Annual report of the Punjab Veterinary College and of the Civil Veterinary Department, Punjab - 1909-1919
Year: 1909
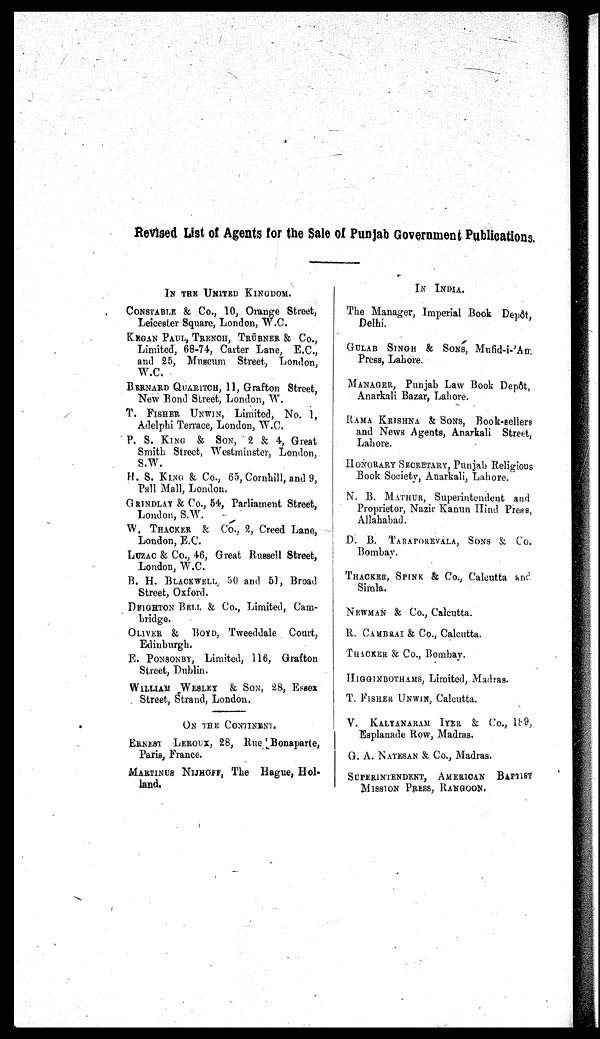
Revised List of Agents for the Sale of Punjab Government Publications.
IN THE UNITED KINGDOM.
CONSTABLE & CO., 10, Orange Street,
Leicester Square, London, W.C.
KEGAN PAUL, TRENCH, TRÜBNER & Co.,
Limited, 68-74, Carter Lane, E.C.,
and 25, Museum Street, London,
W.C.
BERNARD QUZRITCH, 11, Grafton Street,
New Bond Street, London, W.
T. FISHER UNWIN, Limited, No. 1,
Adelphi Terrace, London, W.C.
P. S. KING & SON, 2 & 4, Great
Smith Street, Westminster, London,
S.W.
H. S. KING & Co., 65, Cornhill, and 9,
Pall Mall, London.
GRINDLAY & Co., 54, Parliament Street,
London, S.W.
W. THACKER & Co., 2, Creed Lane,
London, E.C.
LUZAC & Co., 46, Great Russell Street,
London, W.C.
B. H. BLACKWELL, 50 and 51, Broad
Street, Oxford.
DEIGHTON BELL & Co., Limited, Cam-
bridge.
OLIVER & BOYD, Tweeddale Court,
Edinburgh.
E. PONSONBY, Limited, 116, Grafton
Street, Dublin.
WILLIAM WESLEY & SON, 28, Essex
Street, Strand, London.
ON THE CONTINENT.
ERNEST LEROUX, 28, Rue Bonaparte,
Paris, France.
MARTINUS NIJHOFF, The Hague, Hol-
land.
IN INDIA.
The Manager, Imperial Book Depot,
Delhi.
GULAB SINGH & SONS, Mufid-i- Am
Press, Lahore.
MANAGER, Punjab Law Book Depdt,
Anarkali Bazar, Lahore.
RAMA KRISHNA & SONS, Book-sellers
and News Agents, Anarkali Street,
Lahore.
HONORARY SECETARY, Punjab Religious
Book Society, Anarkali, Lahore.
N. B. MATHUR, Superintendent and
Proprietor, Nazir Kanun Hind Press,
Allahabad.
D. B. TARAPOREVALA, SONS & Co.
Bombay.
THACKER, SPINK & Co., Calcutta and
Simla.
NEWMAN & Co., Calcutta.
R. CAMBRAI & Co., Calcutta.
THACKER & Co., Bombay.
HIGGINBOTHAMS, Limited, Madras.
T. FISHER UNWIN, Calcutta.
V. KALYANARAM IYER & Co., 189,
Esplanade Row, Madras.
G. A. NATESON & Co., Madras.
SUPERINTENDENT, AMERICAN BAPTIST
MISSION PRESS, RANGOON.